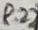
Text: R22